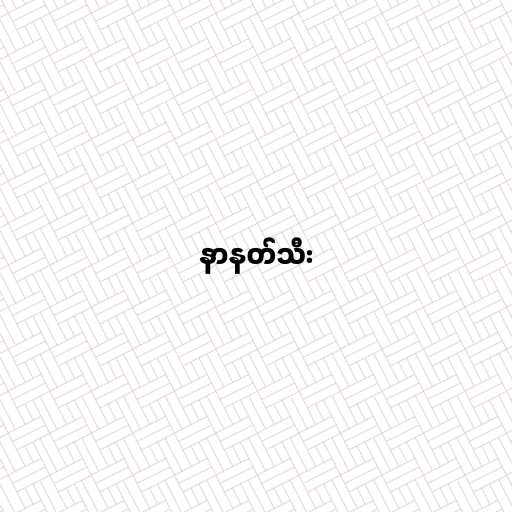
နာနတ်သီး